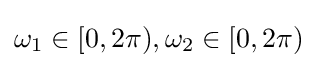
\omega _{1}\in [0,2\pi ),\omega _{2}\in [0,2\pi )